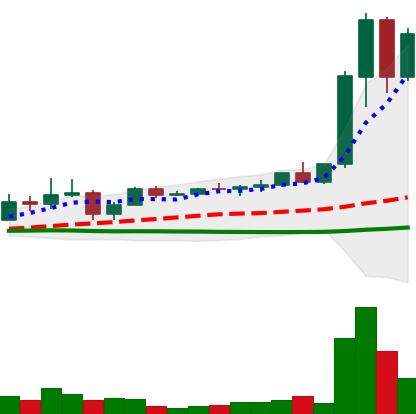
Ticker: XRP-USD
Chart end date: 2021-04-08
Forward return: 70.41%
Label: up_7plus